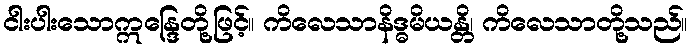
ငါးပါးသောဣန္ဒြေတို့ဖြင့်။ ကိလေသာနိဒ္ဓမိယန္တိ၊ ကိလေသာတို့သည်။